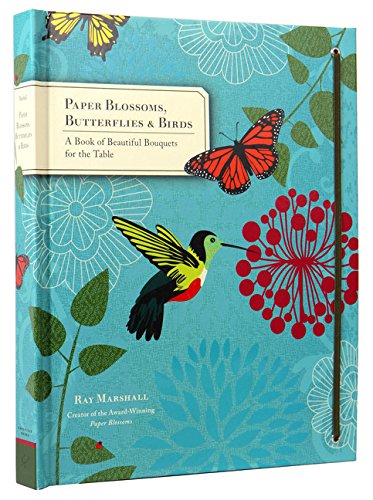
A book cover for Paper Blossoms, Butterflies & Birds: A Book of Beautiful Bouquets for the Table; Ray Marshall; Crafts, Hobbies & Home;